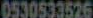
0530533526